Bréfritari: Jakobína Jónsdóttir
Viðtakandi: Sólveig Jónsdóttir
Dagsetning: A-1868-07-16
Skrifað á: Hólmum  S-Múl.
systir bréfviðtakanda

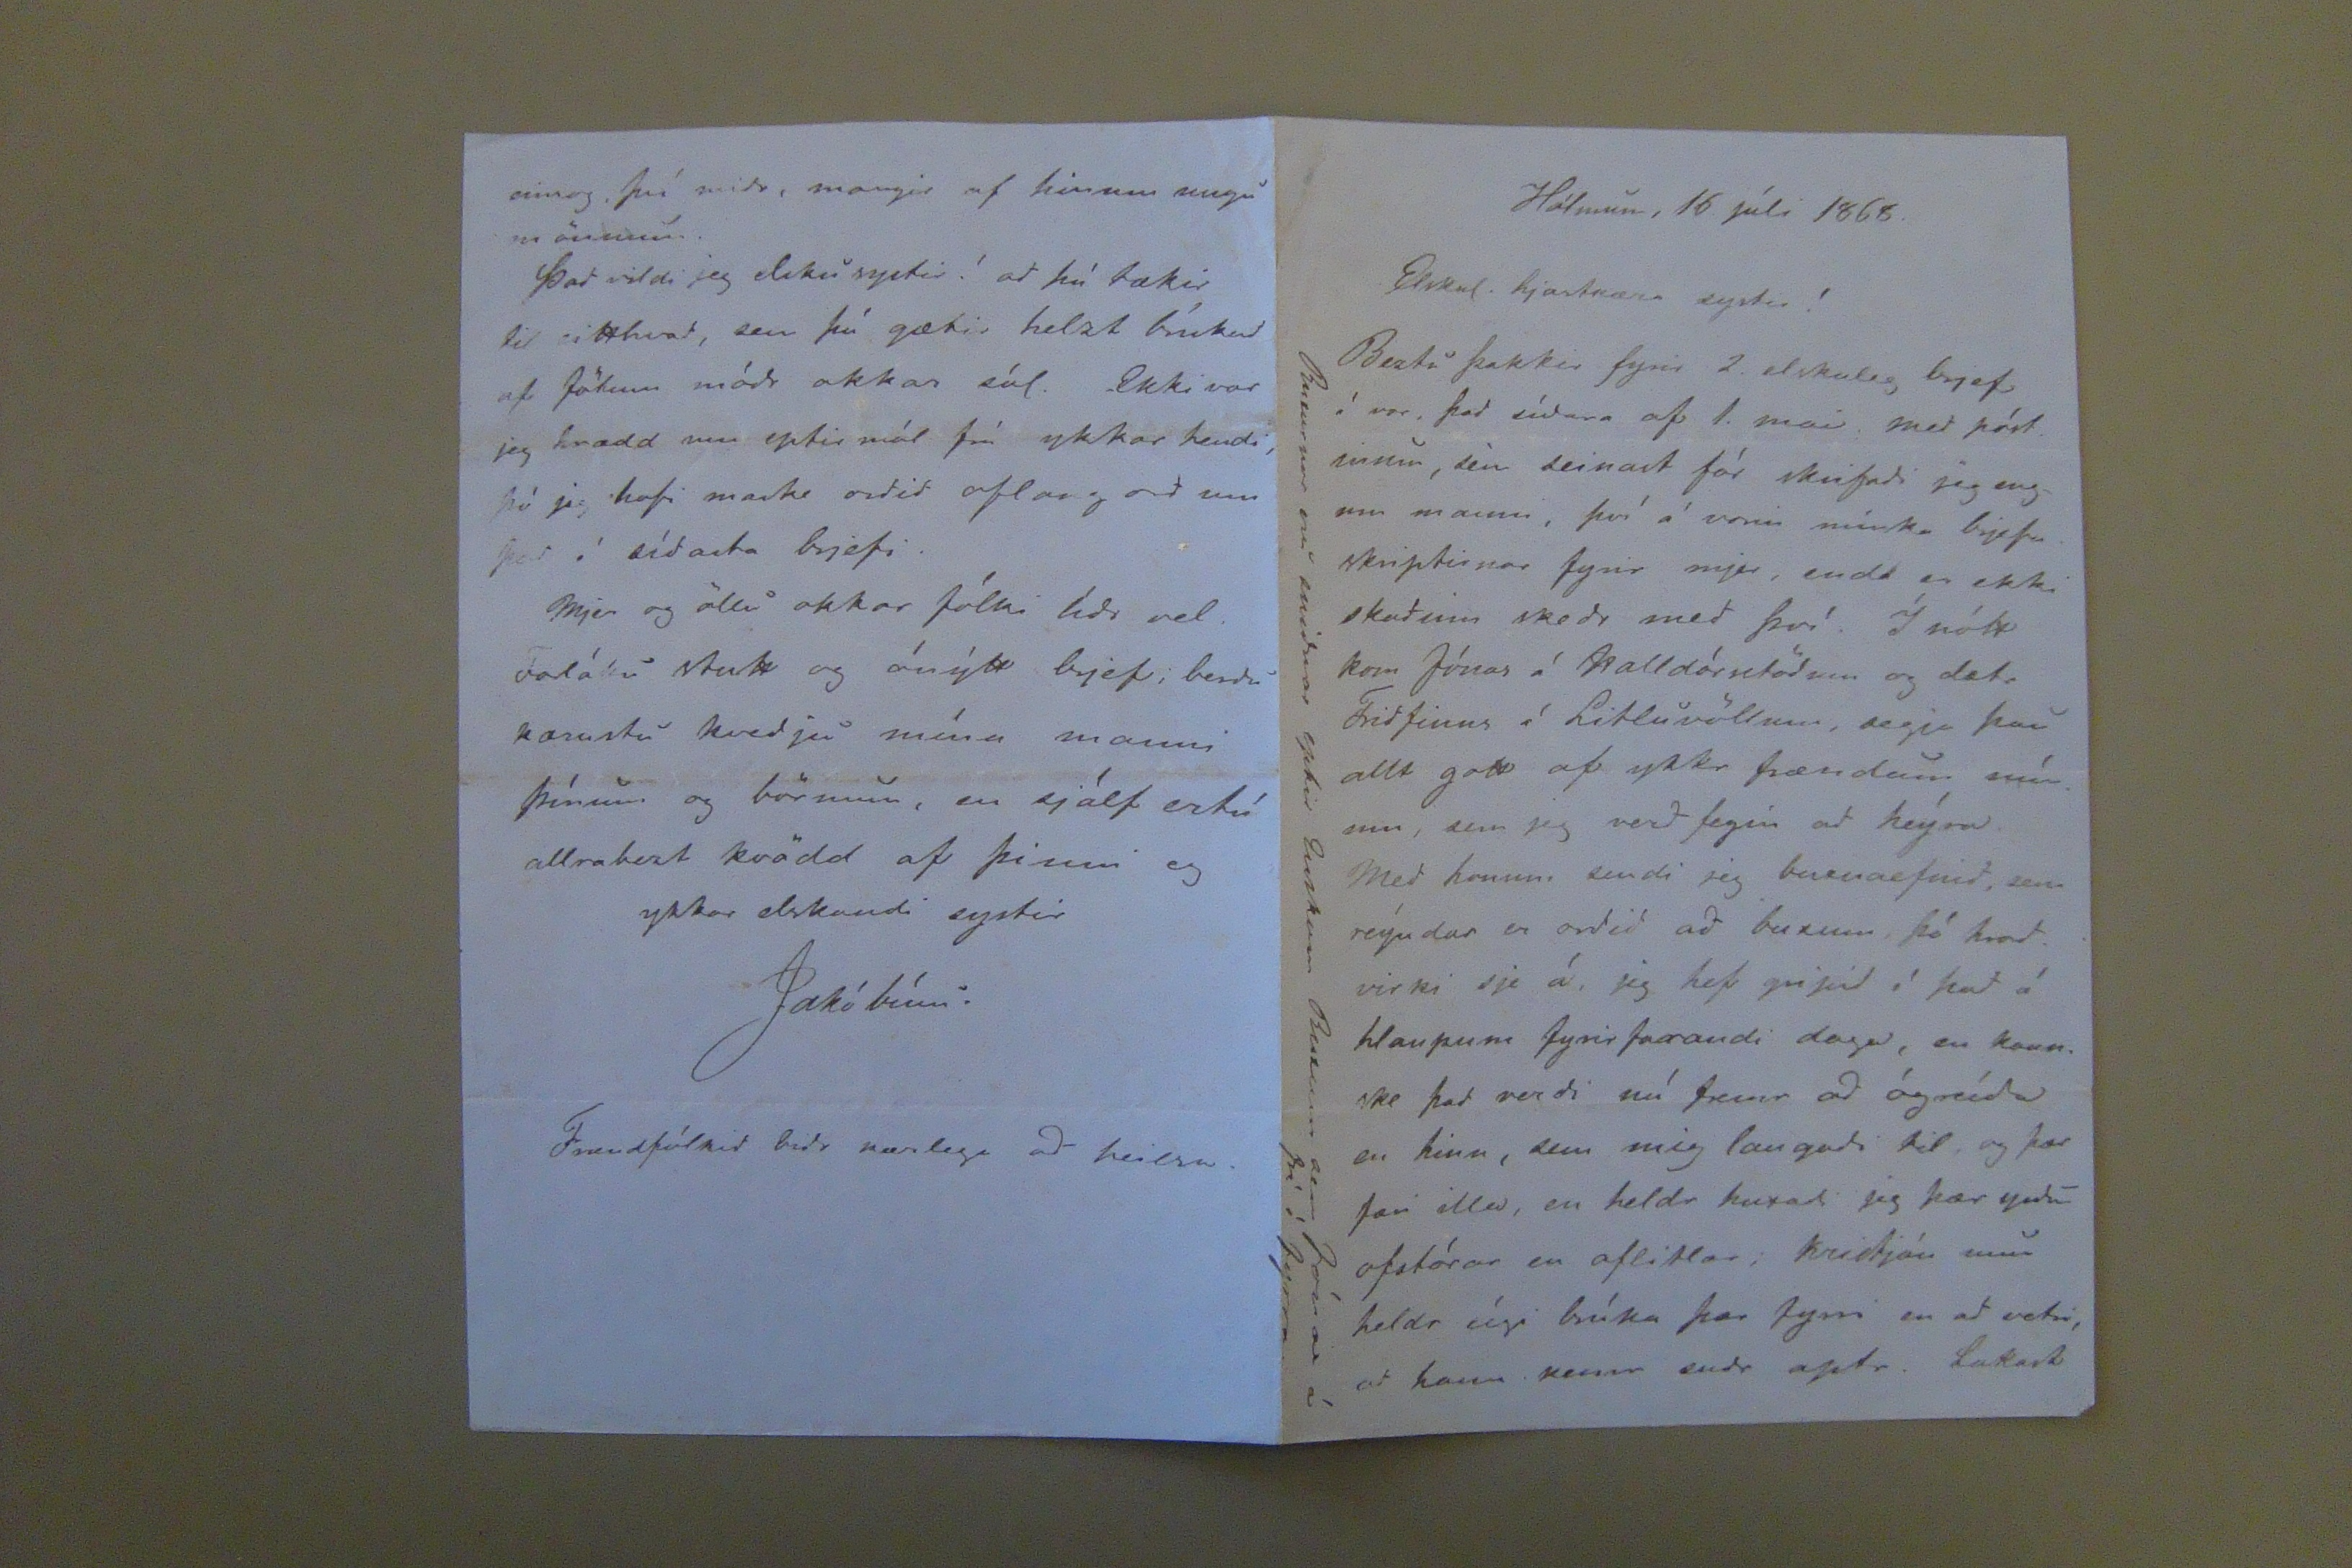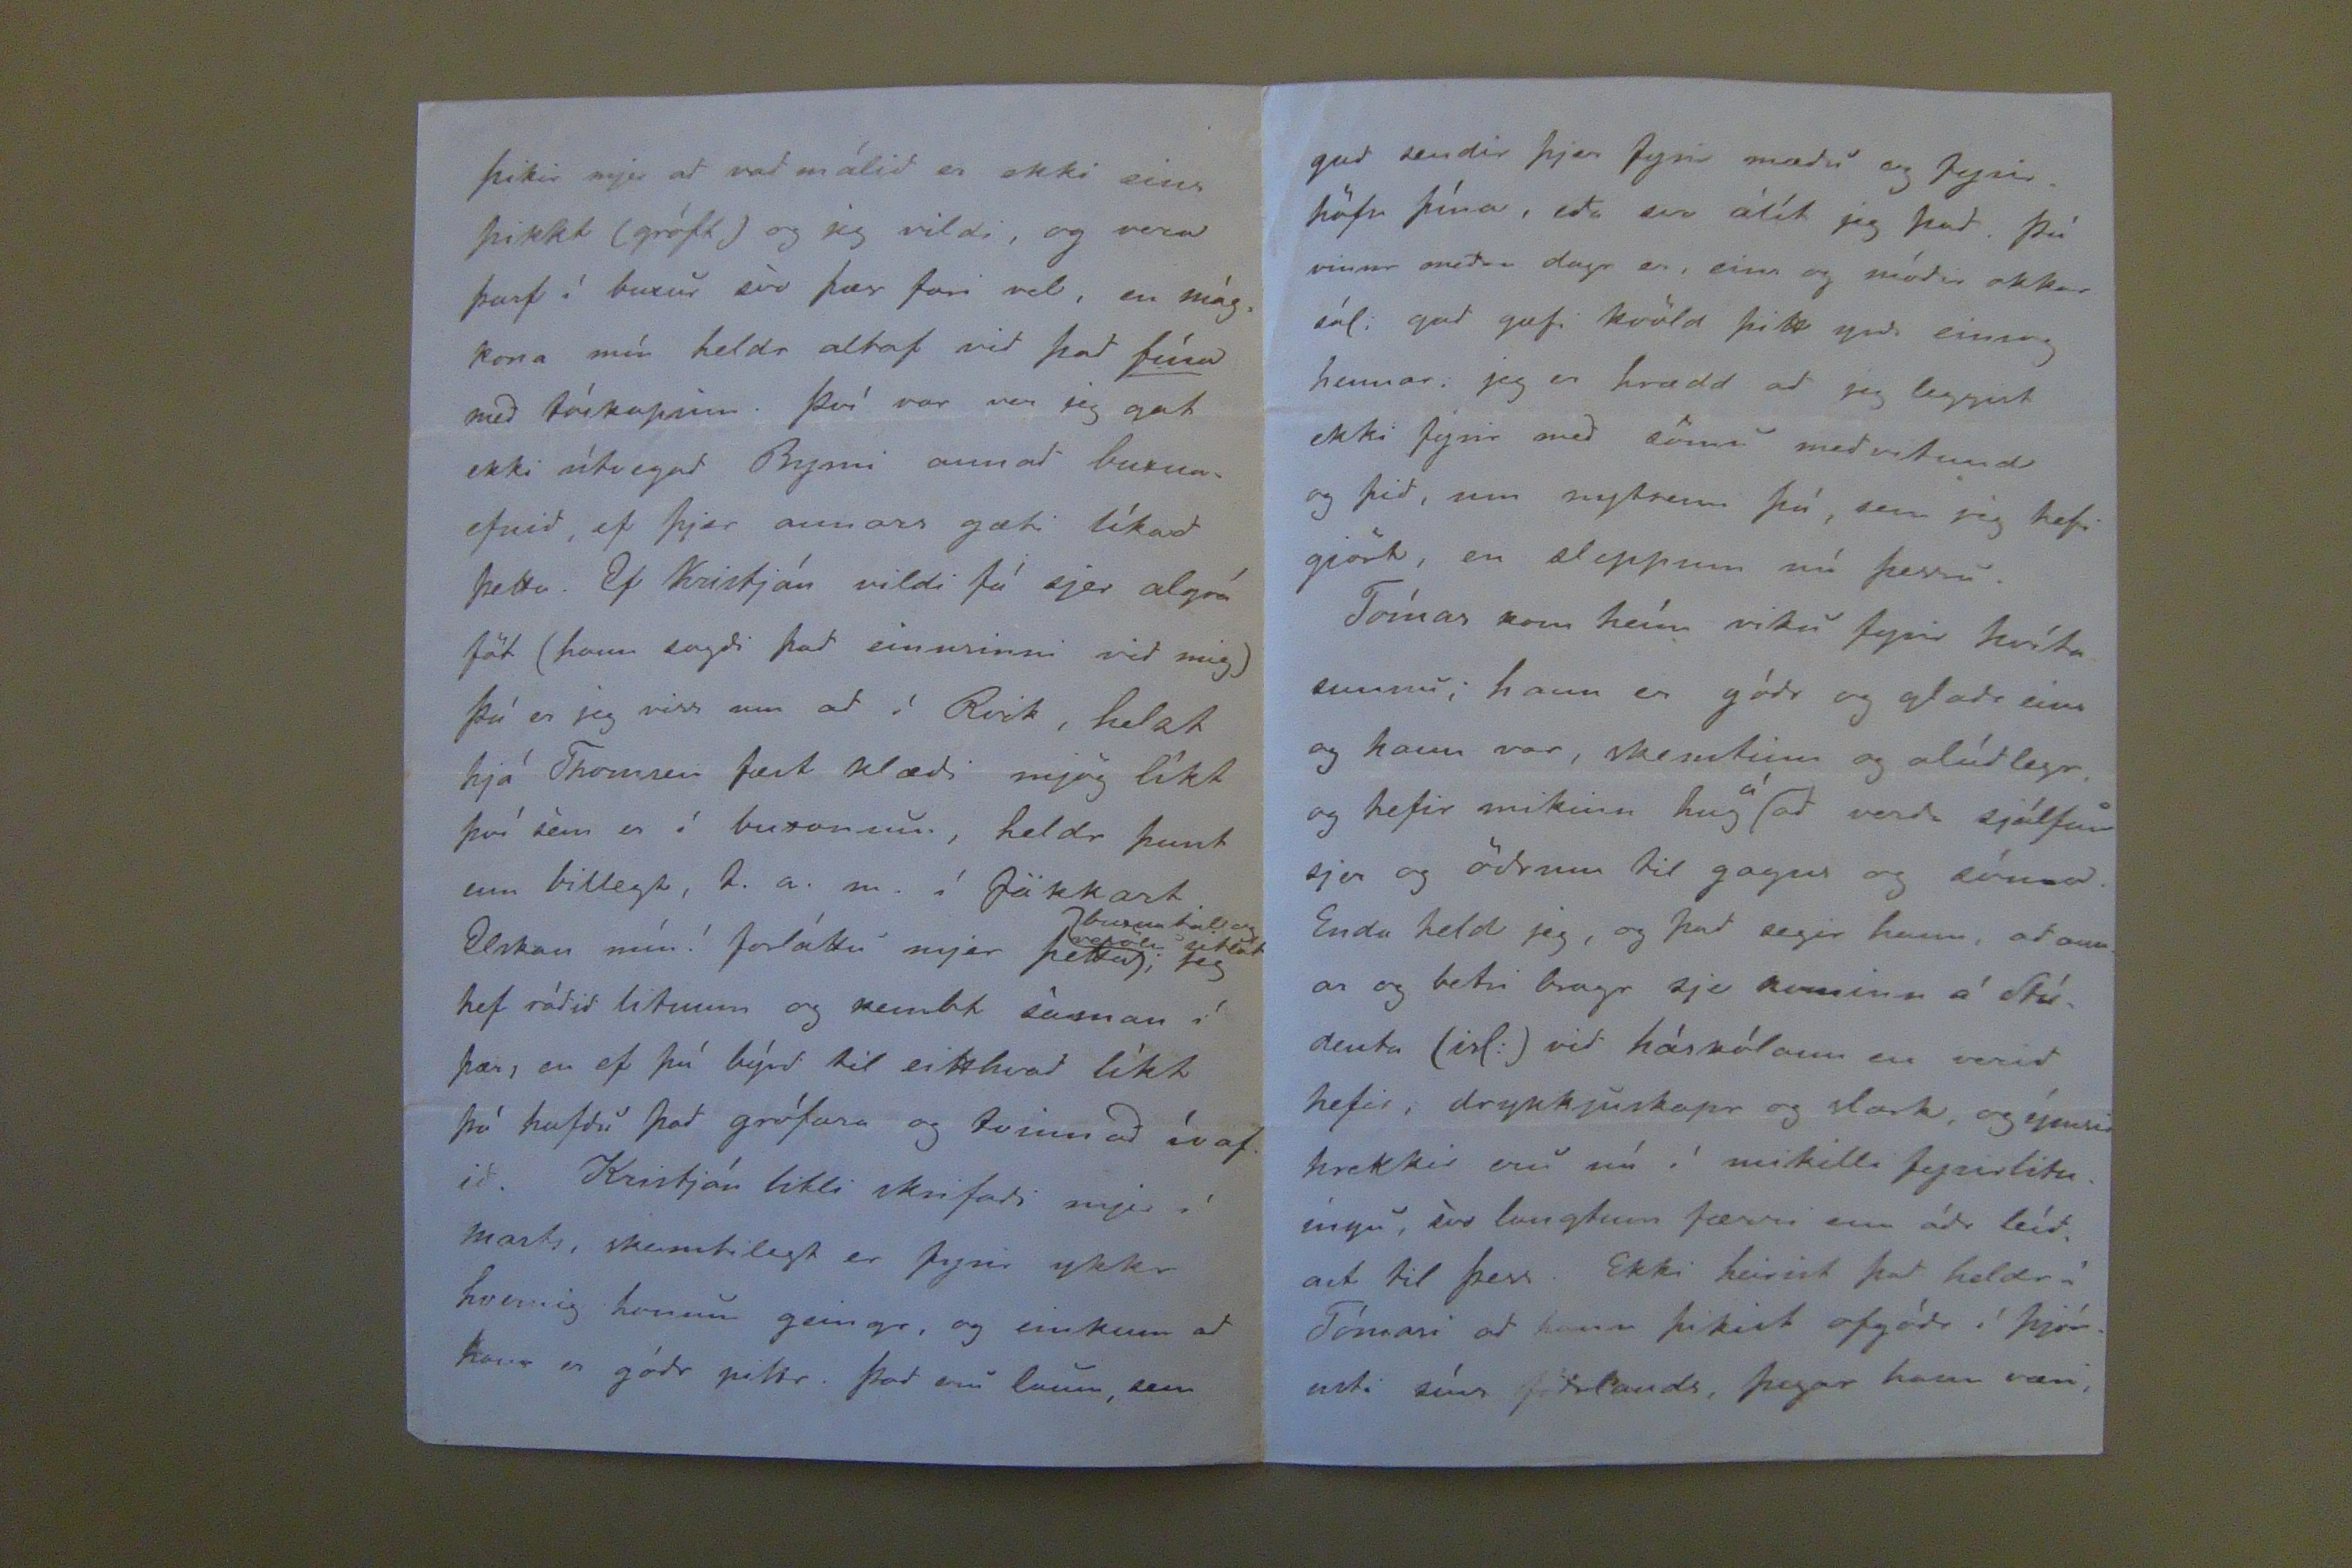

Hólmum, 16 júlí 1868.
Elskul. hjartkæra systir!
Beztu þakkir fyrir 2. elskuleg brjef í vor. Þad sídara af 1. maí med póstinum, sem seinast fór skrifadi jeg engum manni, því á vorin mínka brjefaskiptirnar fyrir mjer, enda er ekki skadinn skedr med því. Í nótt kom Jónas á Halldórsstödum og dætr Fridfinns á Litluvöllum, segja þau allt gott af ykkr frændum mínum, sem jeg verd fegin ad heýra. Med honum sendi jeg buxnaefnid, sem reýndar er ordid ad buxum, þó hvad virki sje á, jeg hef gripid í þad á hlaupu fyrirfarandi daga, en kannske þad verdi nú fremr ad ógreída en hinn, sem mig langadi til og þær færi illa, en heldr huxadi jeg þær yrdu ofstórar en aflitlar; Kristján mun heldr eígi brúka þar fyrri en ad vetri, ad hann kemr sudr aptr. Lakast
Buxurnar eru snidnar eptir Enskum Buxum sem Jónas á frá í fyrra.
þikir mjer ad vadmáldi er ekki eins þikkt (gróft) og jeg vildi, og vera þarf í buxur svo þær fari vel, en mágkona mín heldr altaf vid þad
fína
med túskapinn. því var sem jeg gat ekki útvegad Byrni annad buxnaefnid, ef þjer annars gæti líkad þetta. Ef Kristján vildi fá sejr algrá föt (hann sagdi þad einusinni vid mig) þá er jeg viss um ad í Rvik, helzt hjá Thomsen fæst klædi mjög líkt því sem er í buxonum, heldr þunt enn billegt, t.a.m. í Sökkart. Elskan mín! forláttu mjer þetta
buxnatal og vesölu sitlát
; Jeg hef rádid litinum og kembt saman í þær, en ef þú býrd til eitthvad líkt þá hafdu þad grófara og tvinnad ívafid. Kristján litli skrifadi mjer í marts, skemtilegt er fyrir ykkr hvernig honum geingr; og einkum ad hann er gódr piltr. þad eru laun, sem
einsog því midr, margir af hinum ungu mönnum.
Þad vildi jeg elsku systir! ad þú tækir til eitthvad, sem þú gætir helzt brúkad af fötum módr okkar sál. Ekki var jeg hrædd um eptir mál frá ykkar hendi, þó jeg hafi maske ordid oflang ord um þad í sídasta brjefi.
Mjer og öllu okkar fólki lidi vel. Forláttu stutt og ónýtt brjef; berdu kærustu kvedju mína manni þínum og börnum, en sjálf ertú allrabezt kvödd af þinni og ykkar elskandi systir
Jakóbína
Frændfólkid bidr kærlega ad heilsa.
gud sendir þjer fyrir mædu og fyrirhöfn þína, eda svo álít jeg þad. Þú vinnr medan daga er, eins og módir okkar sál; gud gæfi kvöld þitt yrdi einsog hennar. jeg er hrædd ad jeg leggist ekki fyrir med sömu medvitund og þid, um nytsemi þá, sem sig hefi gjört, en sleppum nú þessu.
Tómas kom heím viku fyrir hvíta sunnu, hann var gódr og gladr eins og hann var, skemtinn og alúdlegr, og hefir mikinn hug
á
ad verda sjálfur sjer og ödrum til gagns og sóma. Enda held jeg, og þad segir hann, ad annar og betri bragr sje kominn á Stúdenta (isl.) vid háskólann en verid hefir, drykkjuskapr og slark, og ýmsir hrekkir eru nú í mikilli fyrirlitningu, svo langtum færri enn ádr leídast til þess. Ekki heirist þad heldr á Tómasi ad hann þikist ofgódr í þjónust síns födrlands, þegar hann var